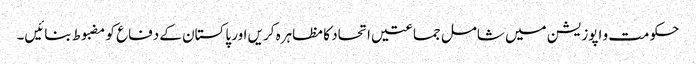
حکومت و اپوزیشن میں شامل جماعتیں اتحاد کا مظاہرہ کریں اور پاکستان کے دفاع کو مضبوط بنائیں۔